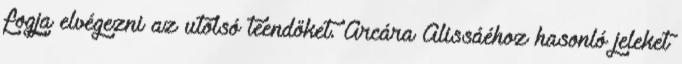
fogja elvégezni az utolsó teendőket. Arcára Alissáéhoz hasonló jeleket